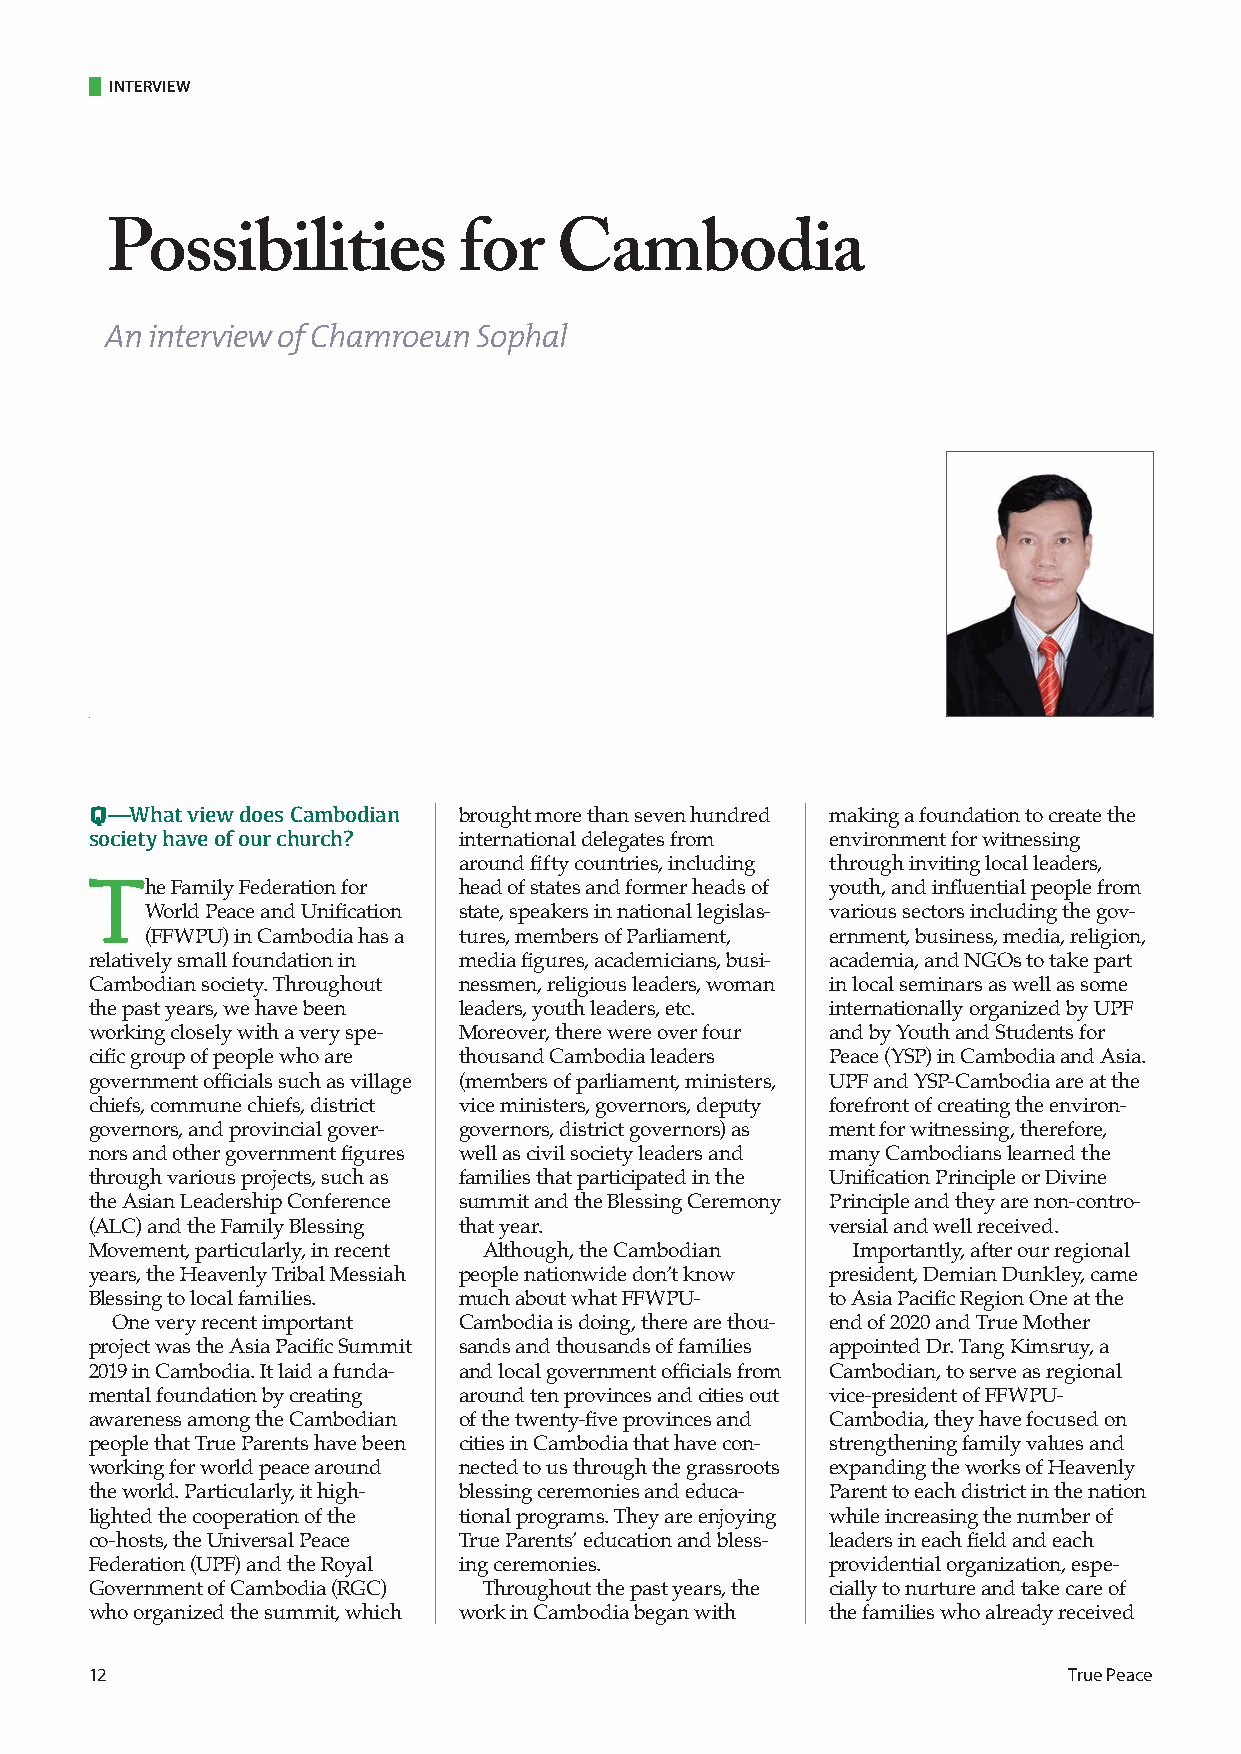
INTERVIEW
 Possibilities          for    Cambodia
 An interview of Chamroeun Sophal
 Q—What view does Cambodian
 brought more than seven hundred making a foundation to create the
 society have of our church?
 international delegates from environment for witnessing
 around fifty countries, including through inviting local leaders,
 T
 he Family Federation for head of states and former heads of youth, and influential people from
 World Peace and Unification state, speakers in national legislas- various sectors including the gov-
 (FFWPU) in Cambodia has a tures, members of Parliament, ernment, business, media, religion,
 relatively small foundation in media figures, academicians, busi- academia, and NGOs to take part
 Cambodian society. Throughout nessmen, religious leaders, woman in local seminars as well as some
 the past years, we have been leaders, youth leaders, etc. internationally organized by UPF
 working closely with a very spe- Moreover, there were over four and by Youth and Students for
 cific group of people who are thousand Cambodia leaders Peace (YSP) in Cambodia and Asia.
 government officials such as village (members of parliament, ministers, UPF and YSP-Cambodia are at the
 chiefs, commune chiefs, district vice ministers, governors, deputy forefront of creating the environ-
 governors, and provincial gover- governors, district governors) as ment for witnessing, therefore,
 nors and other government figures well as civil society leaders and many Cambodians learned the
 through various projects, such as families that participated in the Unification Principle or Divine
 the Asian Leadership Conference summit and the Blessing Ceremony Principle and they are non-contro-
 (ALC) and the Family Blessing that year.         versial and well received.
 Movement, particularly, in recent Although, the Cambodian Importantly, after our regional
 years, the Heavenly Tribal Messiah people nationwide don’t know president, Demian Dunkley, came
 Blessing to local families. much about what FFWPU- to Asia Pacific Region One at the
 One very recent important Cambodia is doing, there are thou- end of 2020 and True Mother
 project was the Asia Pacific Summit sands and thousands of families appointed Dr. Tang Kimsruy, a
 2019 in Cambodia. It laid a funda- and local government officials from Cambodian, to serve as regional
 mental foundation by creating around ten provinces and cities out vice-president of FFWPU-
 awareness among the Cambodian of the twenty-five provinces and Cambodia, they have focused on
 people that True Parents have been cities in Cambodia that have con- strengthening family values and
 working for world peace around nected to us through the grassroots expanding the works of Heavenly
 the world. Particularly, it high- blessing ceremonies and educa- Parent to each district in the nation
 lighted the cooperation of the tional programs. They are enjoying while increasing the number of
 co-hosts, the Universal Peace True Parents’ education and bless- leaders in each field and each
 Federation (UPF) and the Royal ing ceremonies.   providential organization, espe-
 Government of Cambodia (RGC) Throughout the past years, the cially to nurture and take care of
 who organized the summit, which work in Cambodia began with the families who already received
 12                                                               True Peace